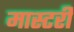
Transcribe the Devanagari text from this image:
मास्‍टरी